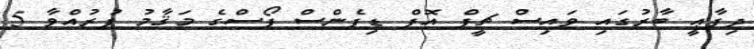
ދިފާޢީ ބާރުގައި ވައިސް ޗީފް އޮފް ޑިފެންސް ފޯސްގެ މަޤާމު ފުރުއްވާ 5